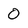
Character: 0